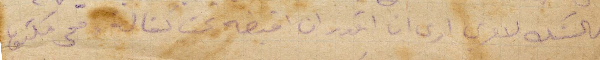
والشك لامري أرى ان اقدر ان اقبضه تحت يكفالة معي مكتوب